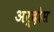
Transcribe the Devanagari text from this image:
अर्दोस